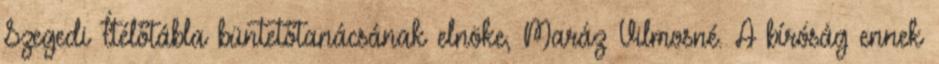
Szegedi Ítélőtábla büntetőtanácsának elnöke, Maráz Vilmosné. A bíróság ennek